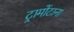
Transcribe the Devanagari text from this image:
ट्रामोंटाना